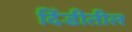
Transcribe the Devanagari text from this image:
दिंडीतील